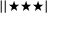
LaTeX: | | \bigstar \bigstar \bigstar |